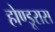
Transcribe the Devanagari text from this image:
होण्डूरास